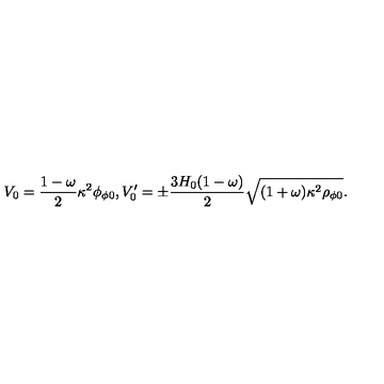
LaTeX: V _ { 0 } = \frac { 1 - \omega } { 2 } \kappa ^ { 2 } \phi _ { \phi 0 } , V _ { 0 } ^ { \prime } = \pm \frac { 3 H _ { 0 } ( 1 - \omega ) } { 2 } \sqrt { ( 1 + \omega ) \kappa ^ { 2 } \rho _ { \phi 0 } } .